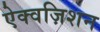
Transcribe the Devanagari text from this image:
ऐक्वज़िशन